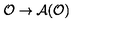
\mathcal { O } \rightarrow \mathcal { A } ( \mathcal { O } )